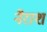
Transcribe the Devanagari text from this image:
नैराश